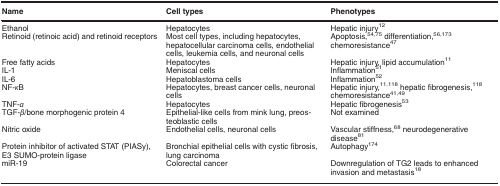
<table><thead><tr><td><b>Name</b></td><td><b>Cell types</b></td><td><b>Phenotypes</b></td></tr></thead><tbody><tr><td>Ethanol</td><td>Hepatocytes</td><td>Hepatic injury<sup>12</sup></td></tr><tr><td>Retinoid (retinoic acid) and retinoid receptors</td><td>Most cell types, including hepatocytes, hepatocellular carcinoma cells, endothelial cells, leukemia cells, and neuronal cells</td><td>Apoptosis,<sup>54, 75</sup> differentiation,<sup>56, 173</sup> chemoresistance<sup>47</sup></td></tr><tr><td>Free fatty acids</td><td>Hepatocytes</td><td>Hepatic injury, lipid accumulation<sup>11</sup></td></tr><tr><td>IL-1</td><td>Meniscal cells</td><td>Inflammation<sup>51</sup></td></tr><tr><td>IL-6</td><td>Hepatoblastoma cells</td><td>Inflammation<sup>52</sup></td></tr><tr><td>NF-<i>κ</i>B</td><td>Hepatocytes, breast cancer cells, neuronal cells</td><td>Hepatic injury,<sup>11, 118</sup> hepatic fibrogenesis,<sup>118</sup> chemoresistance<sup>41, 49</sup></td></tr><tr><td>TNF-<i>α</i></td><td>Hepatocytes</td><td>Hepatic fibrogenesis<sup>53</sup></td></tr><tr><td>TGF-<i>β</i>/bone morphogenic protein 4</td><td>Epithelial-like cells from mink lung, preosteoblastic cells</td><td>Not examined</td></tr><tr><td>Nitric oxide</td><td>Endothelial cells, neuronal cells</td><td>Vascular stiffness,<sup>68</sup> neurodegenerative disease<sup>81</sup></td></tr><tr><td>Protein inhibitor of activated STAT (PIASy), E3 SUMO-protein ligase</td><td>Bronchial epithelial cells with cystic fibrosis, lung carcinoma</td><td>Autophagy<sup>174</sup></td></tr><tr><td>miR-19</td><td>Colorectal cancer</td><td>Downregulation of TG2 leads to enhanced invasion and metastasis<sup>18</sup></td></tr></tbody></table>